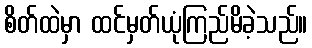
စိတ်ထဲမှာ ထင်မှတ်ယုံကြည်မိခဲ့သည်။